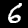
Digit: 6